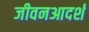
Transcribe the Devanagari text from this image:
जीवनआदर्श